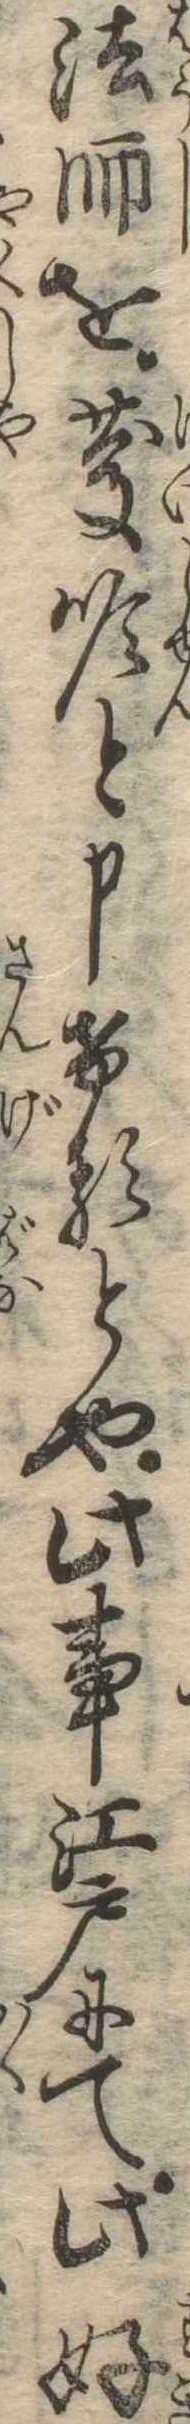
法師を慶順と申けるとや此事江戸にて此好